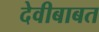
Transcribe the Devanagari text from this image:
देवीबाबत